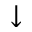
^ { \downarrow }